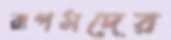
রূপমদের